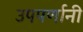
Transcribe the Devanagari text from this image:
उपपर्णानी